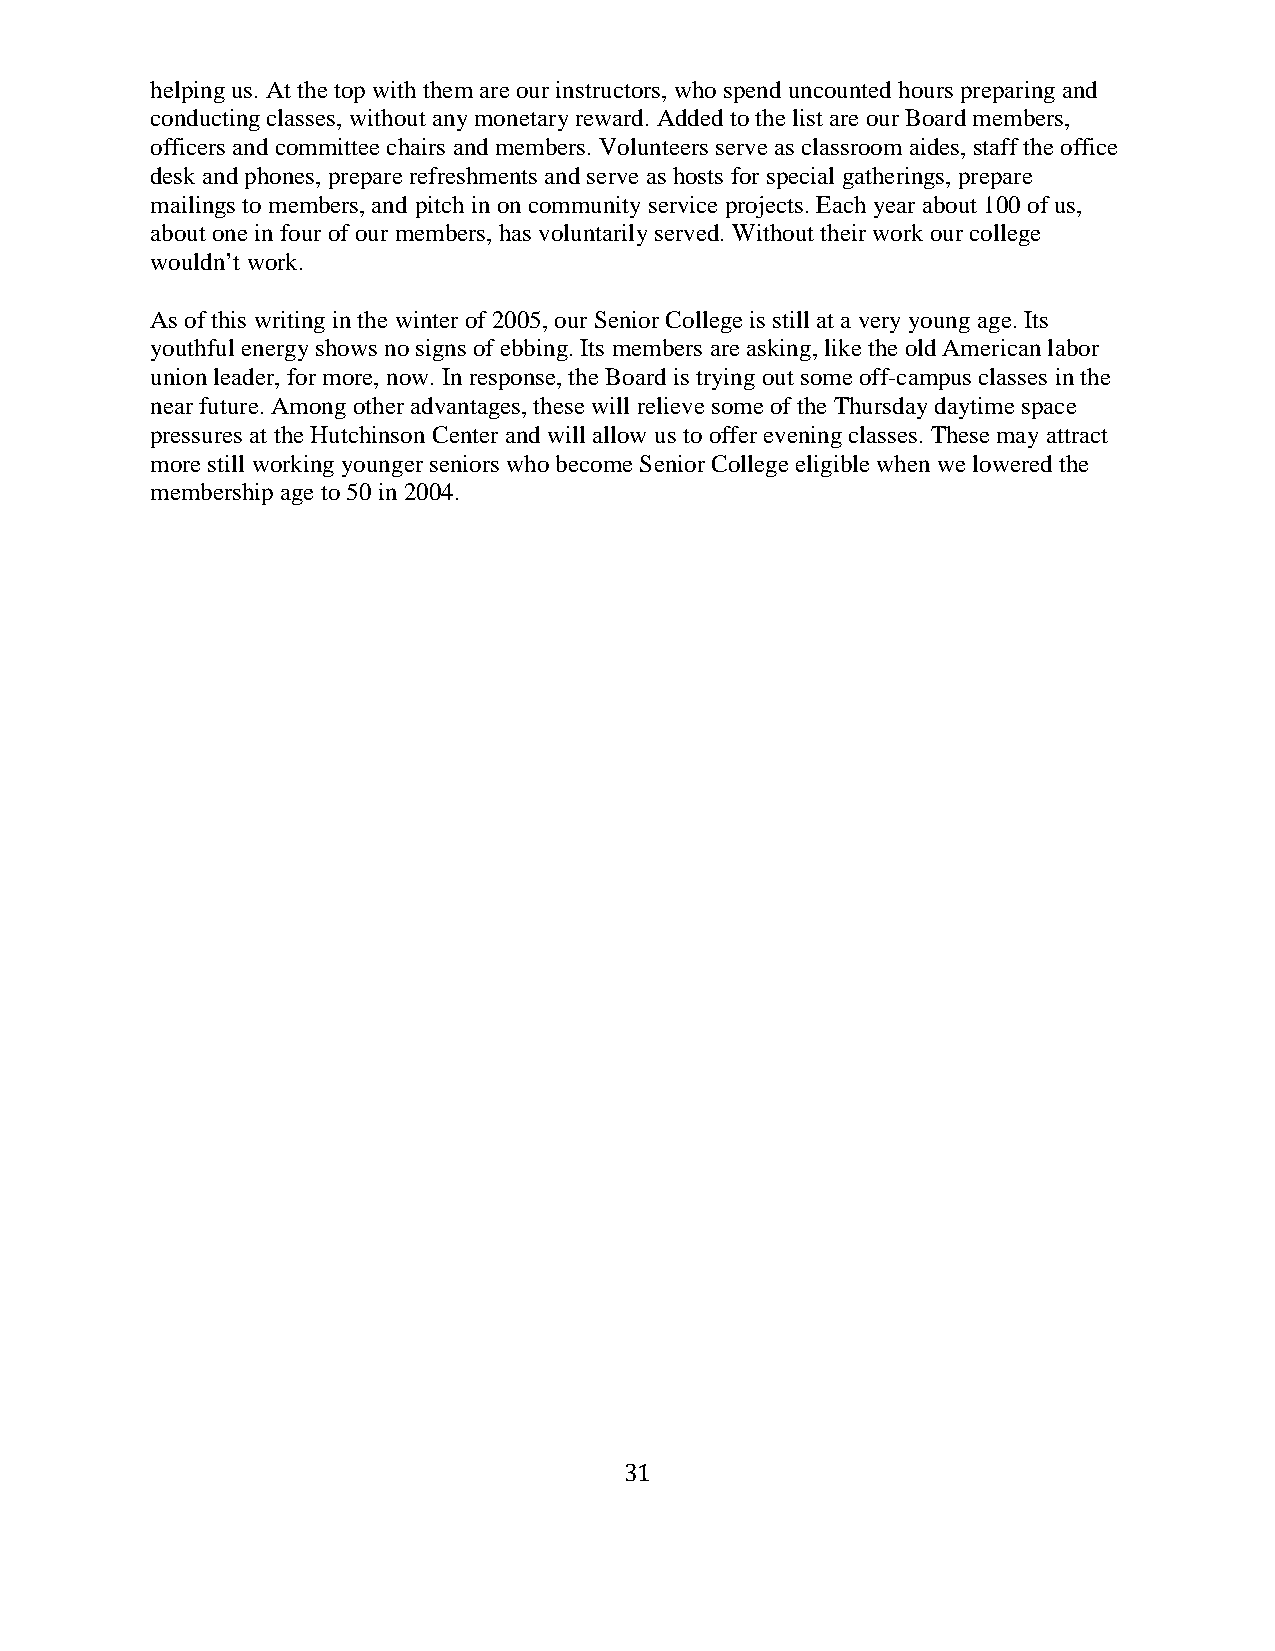
helping us. At the top with them are our instructors, who spend uncounted hours preparing and
 conducting classes, without any monetary reward. Added to the list are our Board members,
 officers and committee chairs and members. Volunteers serve as classroom aides, staff the office
 desk and phones, prepare refreshments and serve as hosts for special gatherings, prepare
 mailings to members, and pitch in on community service projects. Each year about 100 of us,
 about one in four of our members, has voluntarily served. Without their work our college
 wouldn’t work.
 As of this writing in the winter of 2005, our Senior College is still at a very young age. Its
 youthful energy shows no signs of ebbing. Its members are asking, like the old American labor
 union leader, for more, now. In response, the Board is trying out some off-campus classes in the
 near future. Among other advantages, these will relieve some of the Thursday daytime space
 pressures at the Hutchinson Center and will allow us to offer evening classes. These may attract
 more still working younger seniors who become Senior College eligible when we lowered the
 membership age to 50 in 2004.
 31